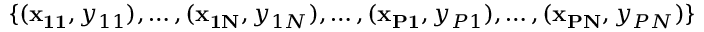
\{ ( \mathbf { x _ { 1 1 } } , y _ { 1 1 } ) , \dotsc , ( \mathbf { x _ { 1 N } } , y _ { 1 N } ) , \dotsc , ( \mathbf { x _ { P 1 } } , y _ { P 1 } ) , \dotsc , ( \mathbf { x _ { P N } } , y _ { P N } ) \}